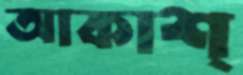
আকাশ্